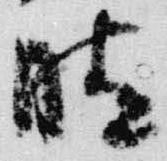
晴